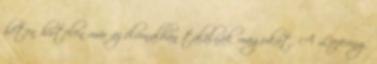
héten hirtelen már az élvonalban találnák magukat. A Liefering